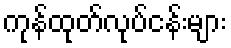
ကုန်ထုတ်လုပ်ငန်းများ